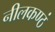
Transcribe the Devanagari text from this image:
नीलकण्ठं